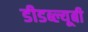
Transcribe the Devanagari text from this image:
डीडब्ल्यूबी